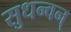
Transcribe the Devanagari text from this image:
सुधन्वन्‌